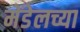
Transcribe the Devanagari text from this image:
मेंडेलच्या